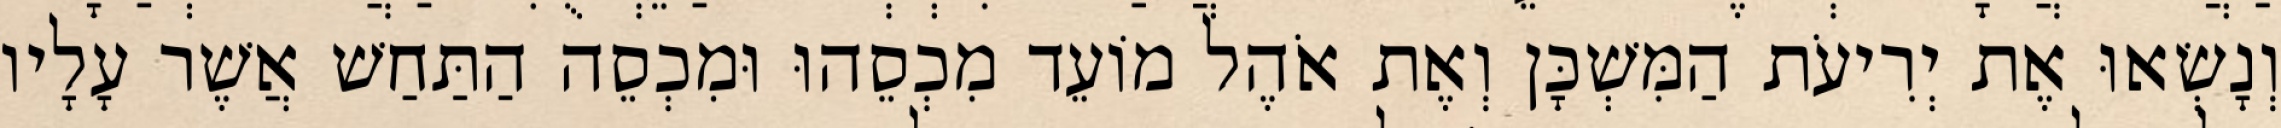
וְנָשְׂאוּ אֶת יְרִיעֹת הַמִּשְׁכָּן וְאֶת אֹהֶל מוֹעֵד מִכְסֵהוּ וּמִכְסֵה הַתַּחַשׁ אֲשֶׁר עָלָיו